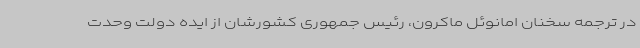
در ترجمه سخنان امانوئل ماکرون، رئیس جمهوری کشورشان از ایده دولت وحدت